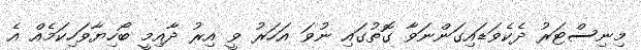
މިނިސްޓަރު ދެކެވަޑައިގަންނަވާ ގޮތުގައި ނުވަ އަހަރު ވީ އިރު ދާއިމީ ބޯހިޔާވަހިކަމެއް އެ